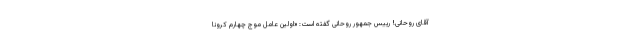
آقای روحانی! رییس جمهور روحانی گفته است: «اولین عامل موج چهارم کرونا